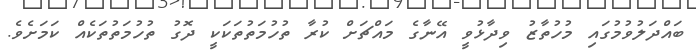
ބައްދަލުވުމުގައި މުހުތާޒު ވިދާޅުވީ އޭނާގެ މައްޗަށް ކުރާ ތުހުމަތުތަކަކީ ދޮގު ތުހުމަތުތަކެއް ކަމަށެވެ.